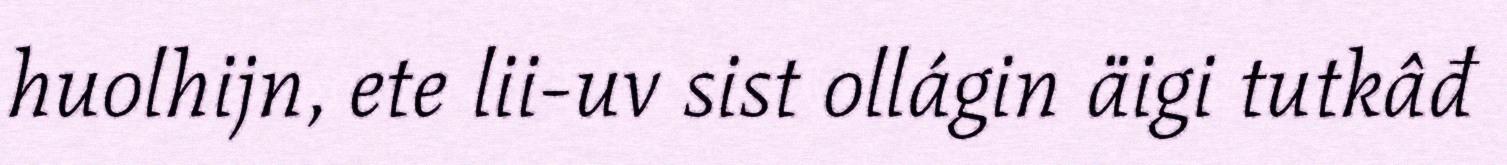
huolhijn, ete lii-uv sist ollágin äigi tutkâđ